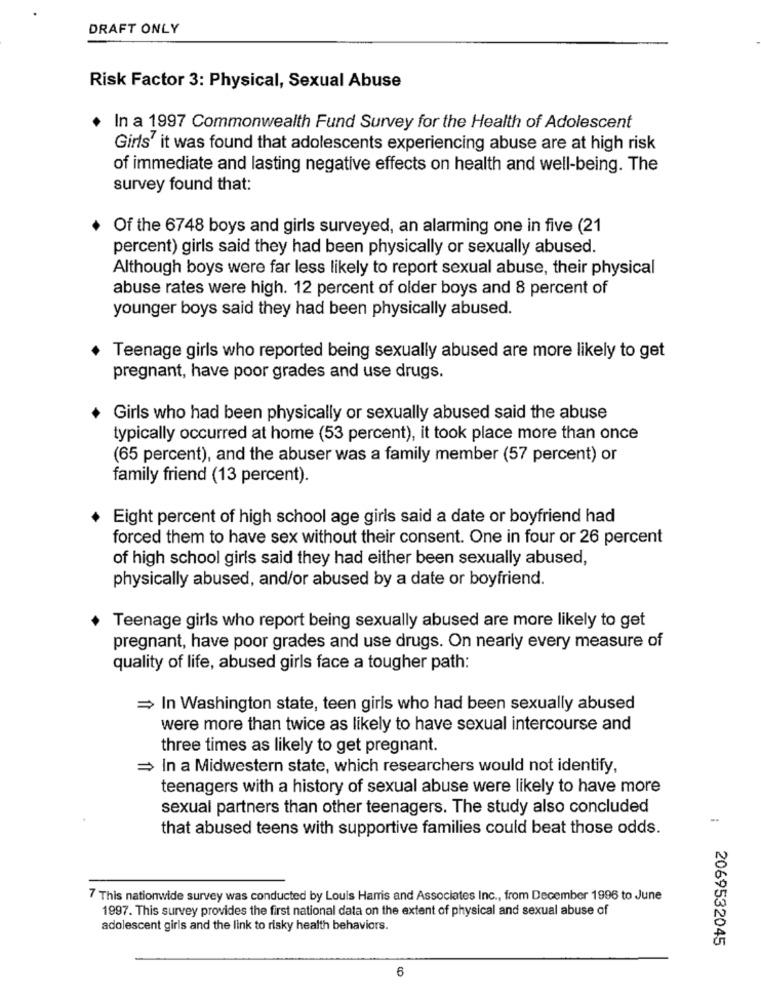
DRAFT ONLY
Risk Factor 3: Physical, Sexual Abuse
In a 1997 Commonwealth Fund Survey for the Health of Adolescent
Girls' it was found that adolescents experiencing abuse are at high risk
of immediate and lasting negative effects on health and well-being. The
survey found that:
Of the 6748 boys and girls surveyed, an alarming one in five (21
percent) girls said they had been physically or sexually abused.
Although boys were far less likely to report sexual abuse, their physical
abuse rates were high. 12 percent of older boys and 8 percent of
younger boys said they had been physically abused.
Teenage girls who reported being sexually abused are more likely to get
pregnant, have poor grades and use drugs.
Girls who had been physically or sexually abused said the abuse
typically occurred at home (53 percent), it took place more than once
(65 percent), and the abuser was a family member (57 percent) or
family friend (13 percent).
Eight percent of high school age girls said a date or boyfriend had
forced them to have sex without their consent. One in four or 26 percent
of high school girls said they had either been sexually abused,
physically abused, and/or abused by a date or boyfriend.
Teenage girls who report being sexually abused are more likely to get
pregnant, have poor grades and use drugs. On nearly every measure of
quality of life, abused girls face a tougher path:
= In Washington state, teen girls who had been sexually abused
were more than twice as likely to have sexual intercourse and
three times as likely to get pregnant.
= In a Midwestern state, which researchers would not identify,
teenagers with a history of sexual abuse were likely to have more
sexual partners than other teenagers. The study also concluded
that abused teens with supportive families could beat those odds.
7 This nationwide survey was conducted by Louis Harris and Associates Inc ., from December 1996 to June
1997. This survey provides the first national data on the extent of physical and sexual abuse of
adolescent girls and the link to risky health behaviors.
2069532045
6